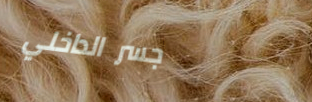
جسر الداخلي